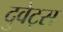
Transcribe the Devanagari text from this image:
दुवेट्स